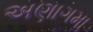
અણાગમા